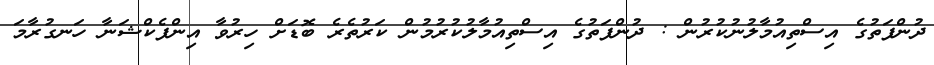
ދުންފަތުގެ އިސްތިއުމާލުނުކުރުން : ދުންފަތުގެ އިސްތިއުމާލުކުރުމުން ކަރުތެރެ ބޮޑަށް ހިރުވާ އިންފެކްޝަނާ ހަނގުރާމަ